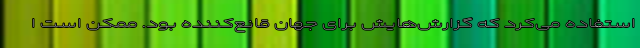
استفاده می‌کرد که گزارش‌هایش برای جهان قانع‌کننده بود. ممکن است ا